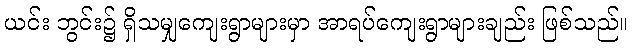
ယင်း ဘွင်း၌ ရှိသမျှကျေးရွာများမှာ အာရပ်ကျေးရွာများချည်း ဖြစ်သည်။